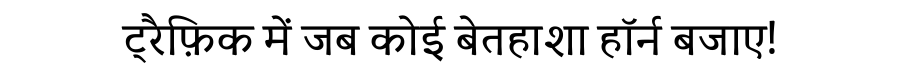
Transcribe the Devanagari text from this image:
ट्रैफ़िक में जब कोई बेतहाशा हॉर्न बजाए!